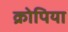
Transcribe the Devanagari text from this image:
क्रोपिया